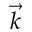
\vec { k }